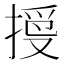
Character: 𢱄